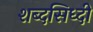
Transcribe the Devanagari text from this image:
शब्दसिध्दी